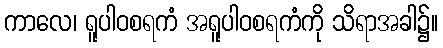
ကာလေ၊ ရူပါဝစရကံ အရူပါဝစရကံကို သိရာအခါ၌။